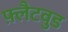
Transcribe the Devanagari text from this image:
फ़्लैटवुड